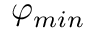
\varphi _ { m i n }